Civil Veterinary Department. Central Provinces & Berar 1925-31 - 1925-1931
Year: 1925
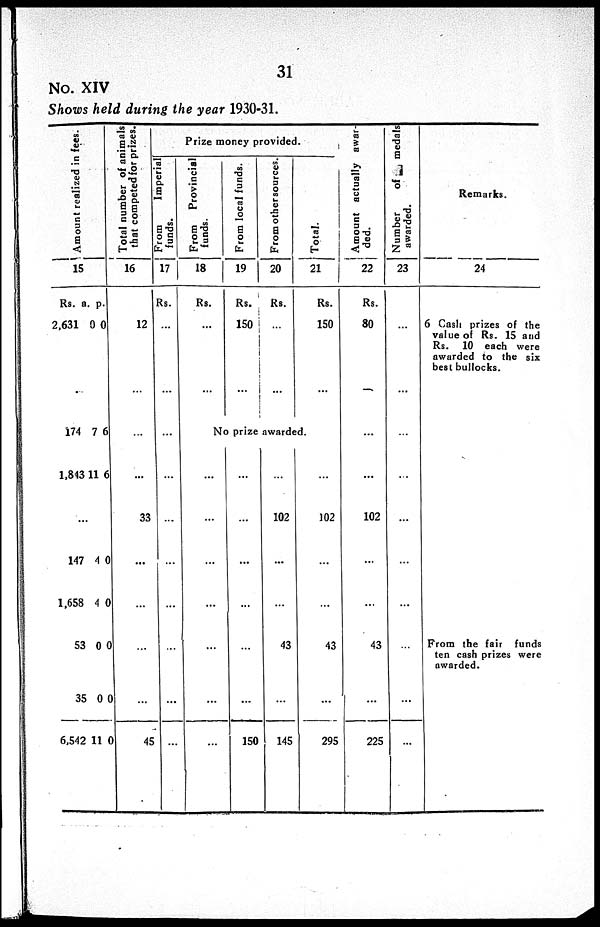
31
No. XIV
Shows held during the year 1930-31.
Amo u n t r eal i zed in fees.
15
Rs.
2,631
174
1,843
147
1,658
53
35
6,542
a.
0
7
11
...
4
4
0
0
11
p.
0
6
6
0
0
0
0
0
Total number of animals
that competed for prizes.
16
12
...
...
33
...
...
...
...
45
Prize money provided.
From
imperial
funds.
17
Rs.
...
...
...
...
...
...
...
...
...
...
From Provincial
funds.
18
Rs.
...
...
From local funds.
19
Rs.
150
...
From other sources
20
Rs.
...
...
Total.
21
Rs.
150
...
No prize awarded.
...
...
...
...
...
...
...
...
...
...
...
...
...
150
...
102
...
...
43
...
145
...
102
...
...
43
...
295
Amount actually awar-
ded.
22
Rs.
80
...
...
...
102
...
...
43
...
225
Number of
medals
awarded.
23
...
...
...
...
...
...
...
...
...
Remarks.
24
6 Cash prizes of the
value of Rs. 15 and
Rs. 10 each were
awarded to the six
best bullocks.
From the fair funds
ten cash prizes were
awarded.